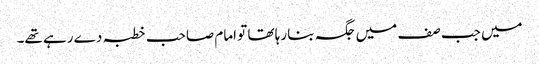
میں جب صف میں جگہ بنا رہا تھا تو امام صاحب خطبہ دے رہے تھے۔